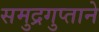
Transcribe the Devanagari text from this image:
समुद्रगुप्ताने